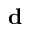
\mathbf { d }